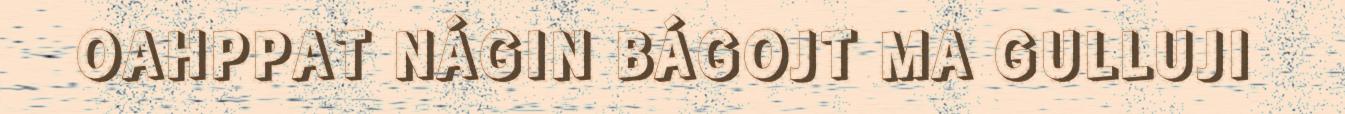
OAHPPAT NÁGIN BÁGOJT MA GULLUJI